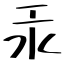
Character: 汞